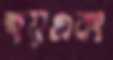
হয়এবং